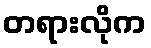
တရားလိုက